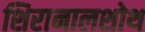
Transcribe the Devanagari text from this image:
शिरानालशोथ